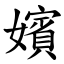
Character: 嬪